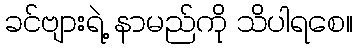
ခင်ဗျားရဲ့ နာမည်ကို သိပါရစေ။